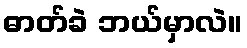
ဓာတ်ခဲ ဘယ်မှာလဲ။